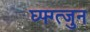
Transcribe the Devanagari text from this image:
घ्फ्ग्त्जुन